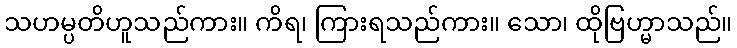
သဟမ္ပတိဟူသည်ကား။ ကိရ၊ ကြားရသည်ကား။ သော၊ ထိုဗြဟ္မာသည်။